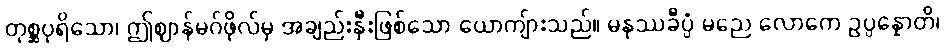
တုစ္ဆပုရိသော၊ ဤဈာန်မဂ်ဖိုလ်မှ အချည်းနှီးဖြစ်သော ယောကျ်ားသည်။ မနုဿခီပ္ပံ မညေ လောကေ ဥပ္ပန္နောတိ၊